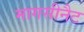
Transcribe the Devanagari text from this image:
मागसीनैट